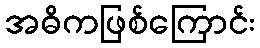
အဓိကဖြစ်ကြောင်း